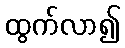
ထွက်လာ၍